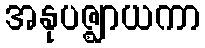
အနုပဇ္ဈာယကာ